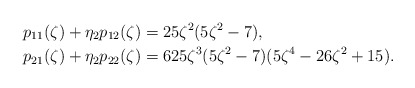
\begin{align*}p_{11}(\zeta) + \eta_2 p_{12}(\zeta) &= 25\zeta^2 (5\zeta^2 - 7), \\p_{21}(\zeta) + \eta_2 p_{22}(\zeta) &= 625 \zeta^3 (5\zeta^2 - 7) (5\zeta^4 - 26\zeta^2 + 15).\end{align*}